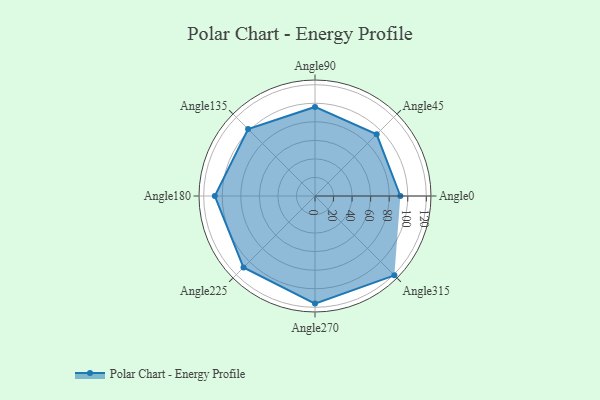
{"axis": {"x": "Angle", "y": "Radius"}, "legend": [""], "data": [{"x": "Angle0", "y": 92.0, "type": ""}, {"x": "Angle45", "y": 94.0, "type": ""}, {"x": "Angle90", "y": 96.0, "type": ""}, {"x": "Angle135", "y": 102.0, "type": ""}, {"x": "Angle180", "y": 108.0, "type": ""}, {"x": "Angle225", "y": 109.0, "type": ""}, {"x": "Angle270", "y": 116.0, "type": ""}, {"x": "Angle315", "y": 121.0, "type": ""}]}